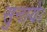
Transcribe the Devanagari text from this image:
सुनायें।